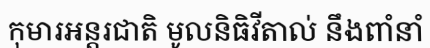
កុមារអន្តរជាតិ មូលនិធិវីតាល់ នឹងពាំនាំ